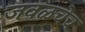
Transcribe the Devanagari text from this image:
जवळचेच